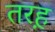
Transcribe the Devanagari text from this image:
तरह़